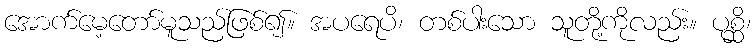
အောက်မေ့တော်မူသည်ဖြစ်၍။ အပရေပိ၊ တစ်ပါးသော သူတို့ကိုလည်း။ ပုစ္ဆိ၊